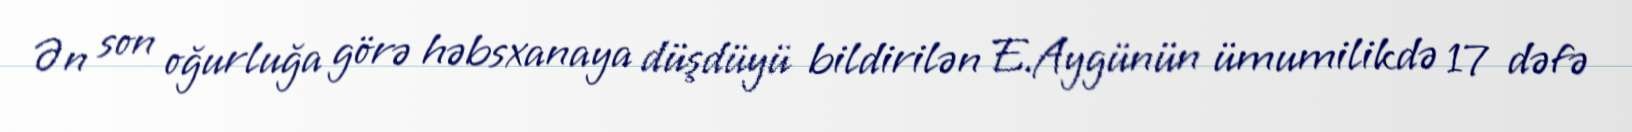
Ən son oğurluğa görə həbsxanaya düşdüyü bildirilən E.Aygünün ümumilikdə 17 dəfə